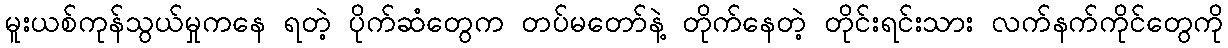
မူးယစ်ကုန်သွယ်မှုကနေ ရတဲ့ ပိုက်ဆံတွေက တပ်မတော်နဲ့ တိုက်နေတဲ့ တိုင်းရင်းသား လက်နက်ကိုင်တွေကို